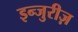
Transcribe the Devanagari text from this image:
इन्जुरीज़